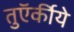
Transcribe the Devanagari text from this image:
तुऍर्कीये